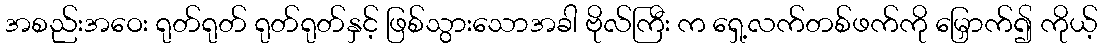
အစည်းအဝေး ရုတ်ရုတ် ရုတ်ရုတ်နှင့် ဖြစ်သွားသောအခါ ဗိုလ်ကြီး က ရှေ့လက်တစ်ဖက်ကို မြှောက်၍ ကိုယ့်